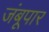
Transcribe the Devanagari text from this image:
जंबूपार